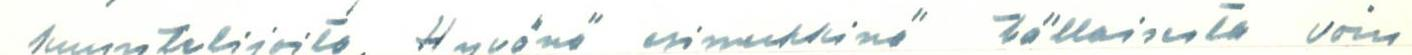
kuuntelijoita. Hyvänä esimerkkinä tällaisesta voin